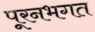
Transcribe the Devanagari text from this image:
पूरनभगत